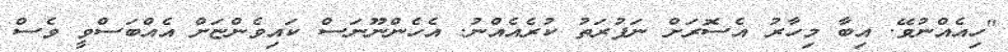
"ހިއެއްނުވޭ. އިބާ މިހާރު އެސޮރަށް ނަފުރަތު ކުރެއެއްނު. އެހެންނޫނަސް ކައިވެންޏަށް އެއްބަސްވީ ވެސް